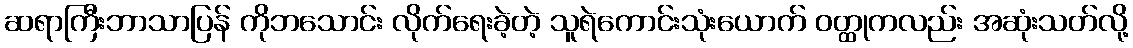
ဆရာကြီးဘာသာပြန် ကိုဘသောင်း လိုက်ရေးခဲ့တဲ့ သူရဲကောင်းသုံးယောက် ဝတ္ထုကလည်း အဆုံးသတ်လို့